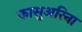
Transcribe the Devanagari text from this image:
कासुअरिना